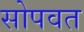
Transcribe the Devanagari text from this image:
सोपवत